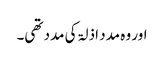
اور وہ مدد اذلۃ کی مدد تھی۔